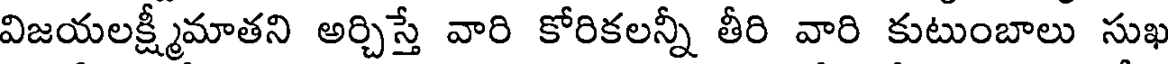
విజయలక్ష్మీమాతని అర్చిస్తే వారి కోరికలన్నీ తీరి వారి కుటుంబాలు సుఖ